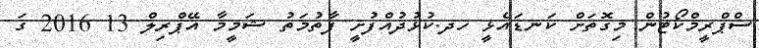
ސްޕްރީމްކޯޓުން މިގޮތަށް ކަނޑައެޅީ ހދ.ކުޅުދުއްފުށީ ފާތުމަތު ޝަމީމާ އޭޕްރިލް 13 2016 ގަ